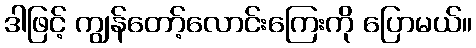
ဒါဖြင့် ကျွန်တော့်လောင်းကြေးကို ပြောမယ်။